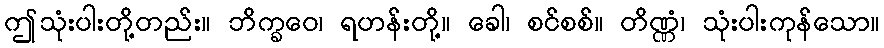
ဤသုံးပါးတို့တည်း။ ဘိက္ခဝေ၊ ရဟန်းတို့။ ခေါ၊ စင်စစ်။ တိဏ္ဏံ၊ သုံးပါးကုန်သော။